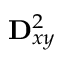
\mathbf { D } _ { x y } ^ { 2 }